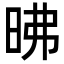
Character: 昲